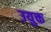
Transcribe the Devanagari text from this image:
उयुक्त